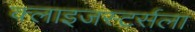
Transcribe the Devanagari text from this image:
क्लाइजस्टर्सला